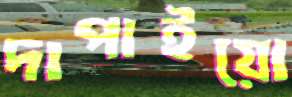
দাপাইয়ো